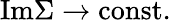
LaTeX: \mathrm{Im}\Sigma\rightarrow\mathrm{const.}